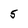
Character: 5